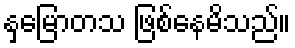
နှမြောတသ ဖြစ်နေမိသည်။